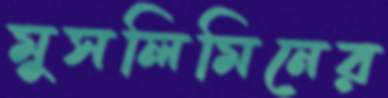
মুসলিমিনের